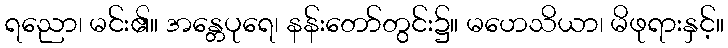
ရညော၊ မင်း၏။ အန္တေပုရေ၊ နန်းတော်တွင်း၌။ မဟေသိယာ၊ မိဖုရားနှင့်။